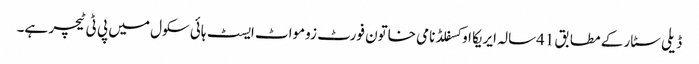
ڈیلی سٹار کے مطابق 41سالہ ایریکا اوکسفلڈ نامی خاتون فورٹ زومواٹ ایسٹ ہائی سکول میں پی ٹی ٹیچر ہے۔